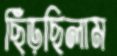
ছিঁড়ছিলাম